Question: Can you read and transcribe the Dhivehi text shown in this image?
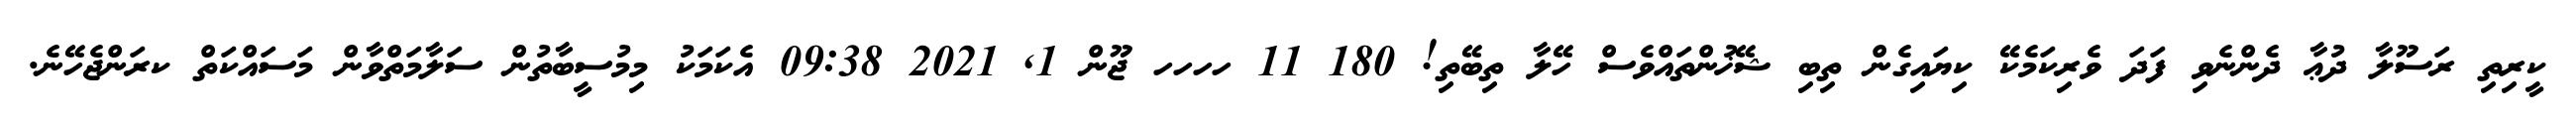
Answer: ކީރިތި ރަސޫލާ ދުޢާ ދެންނެވި ފަދަ ވެރިކަމެކޭ ކިޔައިގެން ތިބި ޝޭޚުންތައްވެސް ހޭލާ ތިބޭތި! 180 11 ހހހހ ޖޫން 1, 2021 09:38 އެކަމަކު މިމުސީބާތުން ސަލާމަތްވާން މަސައްކަތް ކރަންޖެހޭނެ.